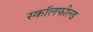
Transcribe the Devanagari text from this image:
स्कॉलफील्ड